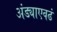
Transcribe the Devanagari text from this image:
अंड्याएवढं